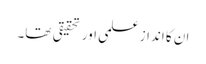
ان کا انداز علمی اور تحقیقی تھا۔